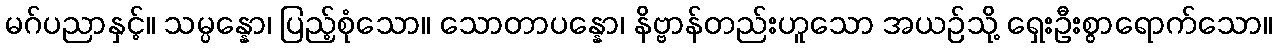
မဂ်ပညာနှင့်။ သမ္ပန္နော၊ ပြည့်စုံသော။ သောတာပန္နော၊ နိဗ္ဗာန်တည်းဟူသော အယဉ်သို့ ရှေးဦးစွာရောက်သော။